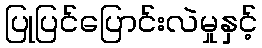
ပြုပြင်ပြောင်းလဲမှုနှင့်